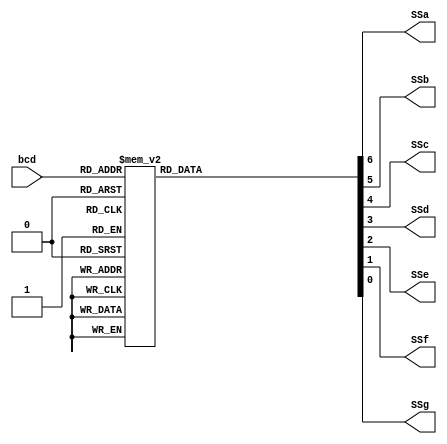
module seven_seg_dec(SSa,SSb,SSc,SSd,SSe,SSf,SSg,bcd);
    output SSa,SSb,SSc,SSd,SSe,SSf,SSg;
    input [3:0] bcd;
    reg [6:0] seg_ah; //7 segment encoding in active high

    always @(bcd) begin
        case(bcd)
            4'd0 : seg_ah = 7'b111_1110;
            4'd1 : seg_ah = 7'b011_0000;
            4'd2 : seg_ah = 7'b110_1101;
            4'd3 : seg_ah = 7'b111_1001;
            4'd4 : seg_ah = 7'b011_0011;
            4'd5 : seg_ah = 7'b101_1011;
            4'd6 : seg_ah = 7'b101_1111;
            4'd7 : seg_ah = 7'b111_0000;
            4'd8 : seg_ah = 7'b111_1111;
            4'd9 : seg_ah = 7'b111_1011;
            default : seg_ah = 7'b000_0001; 
        endcase
    end
    assign {SSa,SSb,SSc,SSd,SSe,SSf,SSg} = seg_ah;
endmodule